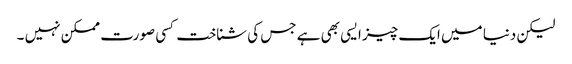
لیکن دنیا میں ایک چیز ایسی بھی ہے جس کی شناخت کسی صورت ممکن نہیں ۔